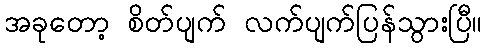
အခုတော့ စိတ်ပျက် လက်ပျက်ပြန်သွားပြီ။